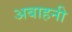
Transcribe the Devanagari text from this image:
अबाहनी